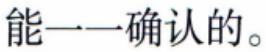
能一一确认的。